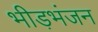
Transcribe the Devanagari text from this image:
भीड़भंजन